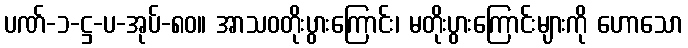
ပဏ်-၁-ဋ္ဌ-ပ-အုပ်-၈၀။ အာသဝတိုးပွားကြောင်း၊ မတိုးပွားကြောင်းများကို ဟောသော